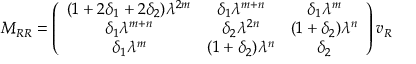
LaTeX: M _ { R R } = \left( \begin{array} { c c c } { { ( 1 + 2 \delta _ { 1 } + 2 \delta _ { 2 } ) \lambda ^ { 2 m } } } & { { \delta _ { 1 } \lambda ^ { m + n } } } & { { \delta _ { 1 } \lambda ^ { m } } } \\ { { \delta _ { 1 } \lambda ^ { m + n } } } & { { \delta _ { 2 } \lambda ^ { 2 n } } } & { { ( 1 + \delta _ { 2 } ) \lambda ^ { n } } } \\ { { \delta _ { 1 } \lambda ^ { m } } } & { { ( 1 + \delta _ { 2 } ) \lambda ^ { n } } } & { { \delta _ { 2 } } } \end{array} \right) v _ { R }